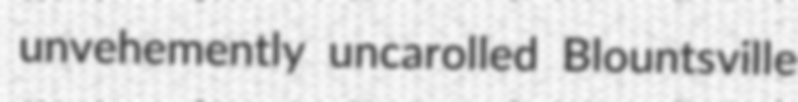
unvehemently uncarolled Blountsville